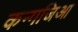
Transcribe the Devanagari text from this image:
कन्गजिआ